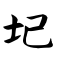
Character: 圮